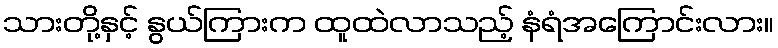
သားတို့နှင့် နွယ်ကြားက ထူထဲလာသည့် နံရံအကြောင်းလား။